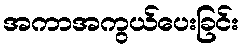
အကာအကွယ်ပေးခြင်း